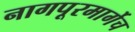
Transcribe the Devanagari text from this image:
नागपूरमार्गेच